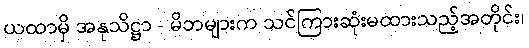
ယထာမှိ အနုသိဋ္ဌာ - မိဘများက သင်ကြားဆုံးမထားသည့်အတိုင်း၊